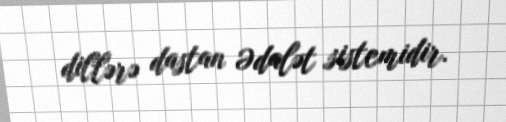
dillərə dastan Ədalət sistemidir.